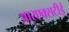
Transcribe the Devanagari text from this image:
आरएक्सटीई